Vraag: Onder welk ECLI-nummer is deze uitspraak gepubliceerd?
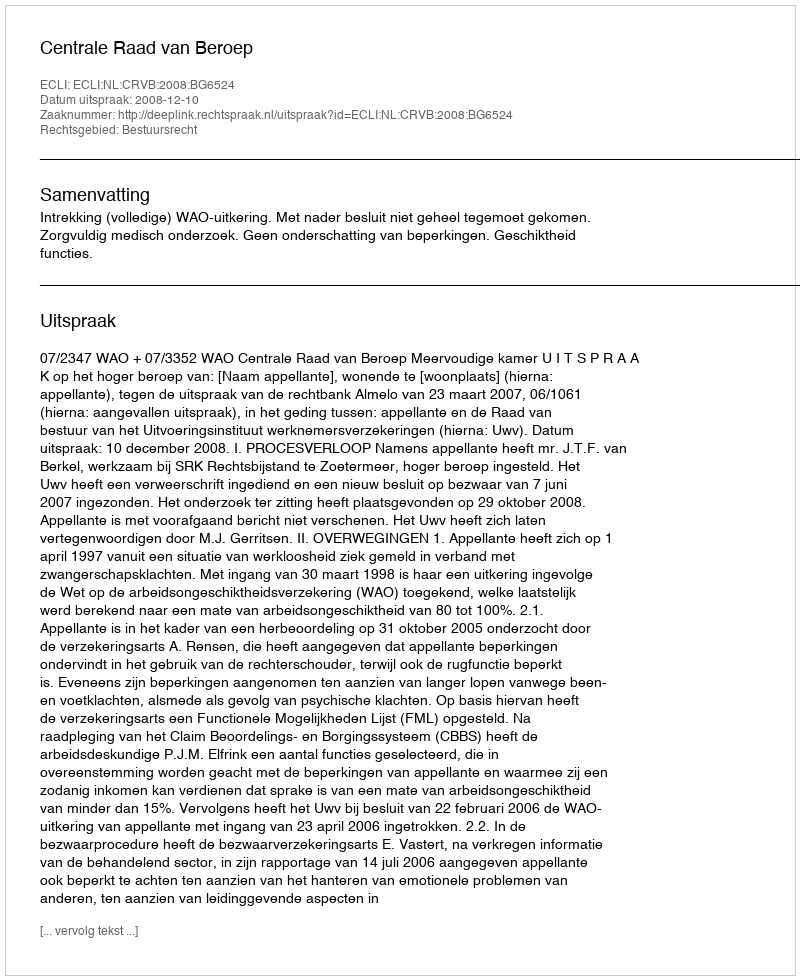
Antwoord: ECLI:NL:CRVB:2008:BG6524